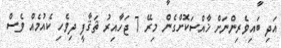
އަދި ބައިވެރިންނަށް ޚާއްސަކޮށްގެން މިރޭ 7 ޖަހާއިރު ޘަޤާފީ ދިވެހި ކެއުމެއް ވެސް